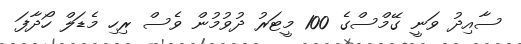
ސާއިދު ވަނީ ގޭމްސްގެ 100 މީޓަރު ދުވުމުން ވެސް ރިހި މެޑަލް ހޯދާފަ